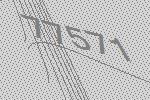
77571